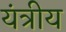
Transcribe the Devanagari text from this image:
यंत्रीय